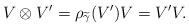
LaTeX: \begin{align*}V \otimes V'=\rho_{\widetilde{\gamma}}(V')V=V'V.\end{align*}